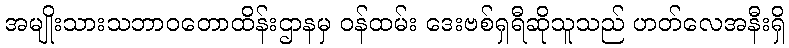
အမျိုးသားသဘာဝတောထိန်းဌာနမှ ဝန်ထမ်း ဒေးဗစ်ရှရီဆိုသူသည် ဟတ်လေအနီးရှိ